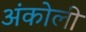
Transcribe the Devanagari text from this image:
अंकोली